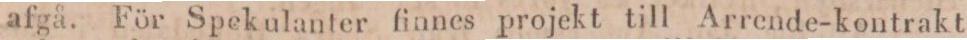
afgå. För Spekulanter finnes projekt till Arrende-kontrakt